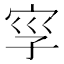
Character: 𡥜